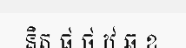
និត ផ ថ ឋ ឆ ខ